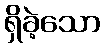
ရှိခဲ့သော